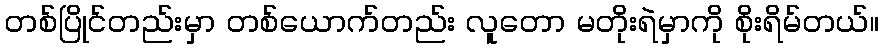
တစ်ပြိုင်တည်းမှာ တစ်ယောက်တည်း လူတော မတိုးရဲမှာကို စိုးရိမ်တယ်။